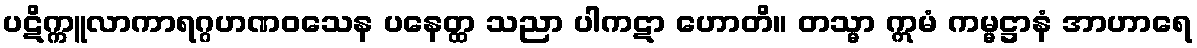
ပဋိက္ကူလာကာရဂ္ဂဟဏဝသေန ပနေတ္ထ သညာ ပါကဋာ ဟောတိ။ တသ္မာ ဣမံ ကမ္မဋ္ဌာနံ အာဟာရေ